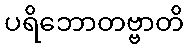
ပရိဘောတဗ္ဗာတိ